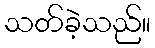
သတ်ခဲ့သည်။